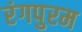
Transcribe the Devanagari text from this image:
रंगपुरम